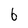
Character: 6